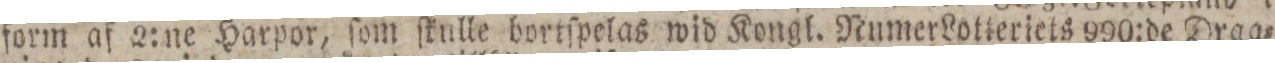
form af 2:ne Harpor, ſom ſkulle bortſpelas wid Kongl. Numer Lotteriets 990:de Drag=